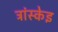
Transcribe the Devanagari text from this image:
त्रांस्केइ